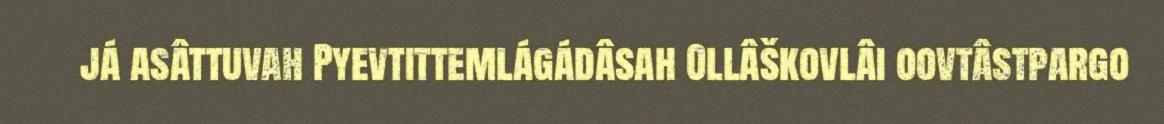
já asâttuvah Pyevtittemlágádâsah Ollâškovlâi oovtâstpargo